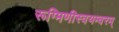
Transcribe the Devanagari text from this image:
रूग्मिणीस्वयम्वरम्